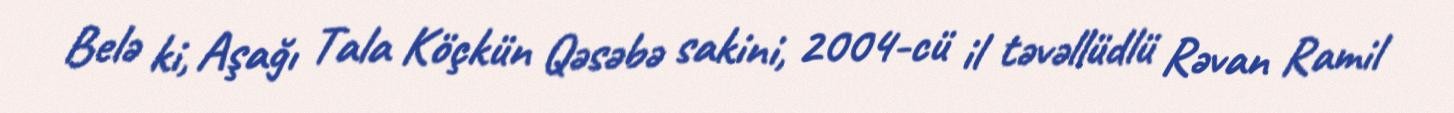
Belə ki, Aşağı Tala Köçkün Qəsəbə sakini, 2004-cü il təvəllüdlü Rəvan Ramil